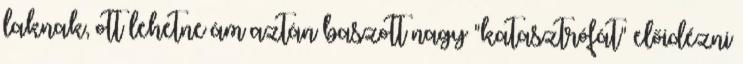
laknak, ott lehetne ám aztán baszott nagy "katasztrófát" előidézni